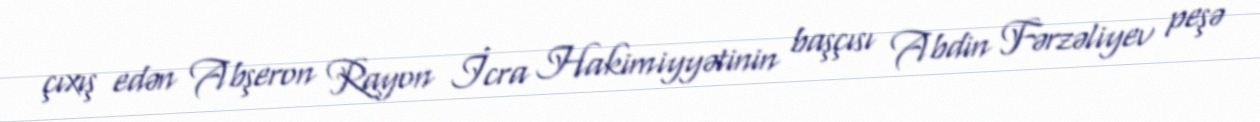
çıxış edən Abşeron Rayon İcra Hakimiyyətinin başçısı Abdin Fərzəliyev peşə